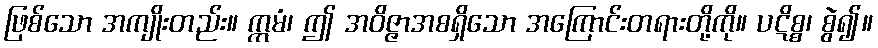
ဖြစ်သော အကျိုးတည်း။ ဣမံ၊ ဤ အဝိဇ္ဇာအစရှိသော အကြောင်းတရားတို့ကို။ ပဋိစ္စ၊ စွဲ၍။